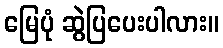
မြေပုံ ဆွဲပြပေးပါလား။